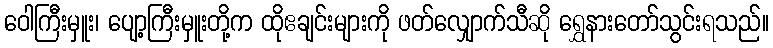
ဝေါကြီးမှူး၊ ပျော့ကြီးမှူးတို့က ထိုဧချင်းများကို ဖတ်လျှောက်သီဆို ရွှေနားတော်သွင်းရသည်။